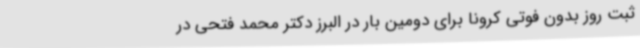
ثبت روز بدون فوتی کرونا برای دومین بار در البرز دکتر محمد فتحی در